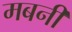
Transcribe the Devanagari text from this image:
मबनी